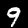
Digit: 9